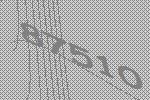
87510